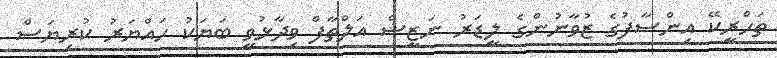
ތަހްރީކޭ އިންސާފުގެ ޒުވާނުންގެ ލީޑަރު ނަޒީޝް އަލްތާފް ވިދާޅުވީ ބަޔަކު ހައްޔަރު ކުރިޔަސް